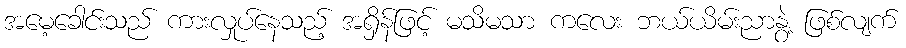
အမေ့ခေါင်းသည် ကားလှုပ်နေသည့် အရှိန်ဖြင့် မသိမသာ ကလေး ဘယ်ယိမ်းညာနွဲ့ ဖြစ်လျက်